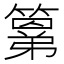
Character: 𮆍